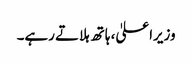
وزیراعلیٰ، ہاتھ ہلاتے رہے۔